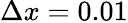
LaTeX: \Delta x=0.01